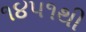
૧૪૫૧થી